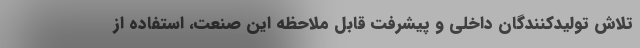
تلاش تولیدکنندگان داخلی و پیشرفت قابل ملاحظه این صنعت، استفاده از